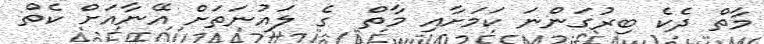
މާތް ދެކެ ބިރުގަންނަ ކަމަށާއި މާތް  ގެ ލައުނަތަށް އޭނާއަށް ކެތް